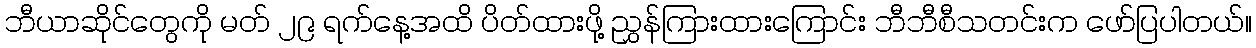
ဘီယာဆိုင်တွေကို မတ် ၂၉ ရက်နေ့အထိ ပိတ်ထားဖို့ ညွှန်ကြားထားကြောင်း ဘီဘီစီသတင်းက ဖော်ပြပါတယ်။